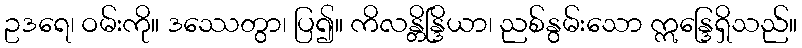
ဥဒရေ၊ ဝမ်းကို။ ဒဿေတွာ၊ ပြ၍။ ကိလန္တိန္ဒြိယာ၊ ညစ်နွမ်းသော ဣန္ဒြေရှိသည်။